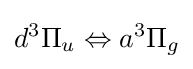
d^{3}\Pi _{u}\Leftrightarrow a^{3}\Pi _{g}